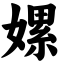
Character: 嫘